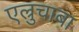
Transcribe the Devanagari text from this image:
एल्रुचाबा